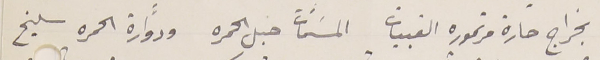
بخراج حارة مرتموره القبيات المسَمّات جبل الحمره ودوَّارة الحمره سليخ